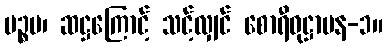
ပဉ္စမ၊ ဆဋ္ဌကြောင့် သင့်လျှင် စောရီဝုဋ္ဌာပန-၁။